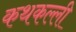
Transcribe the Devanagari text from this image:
कथकल्ली